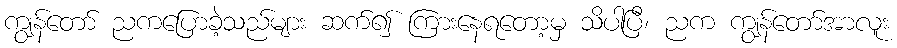
ကျွန်တော် ညကပြောခဲ့သည်များ ဆက်၍ ကြားနေရတော့မှ သိပါပြီ၊ ညက ကျွန်တော်အာလူး